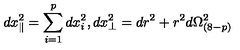
d x _ { \parallel } ^ { 2 } = \sum _ { i = 1 } ^ { p } d x _ { i } ^ { 2 } , d x _ { \perp } ^ { 2 } = d r ^ { 2 } + r ^ { 2 } d \Omega _ { ( 8 - p ) } ^ { 2 }